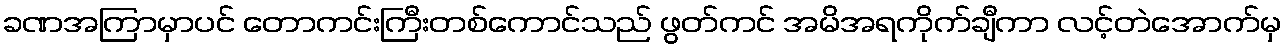
ခဏအကြာမှာပင် တောကင်းကြီးတစ်ကောင်သည် ဖွတ်ကင် အမိအရကိုက်ချီကာ လင့်တဲအောက်မှ